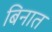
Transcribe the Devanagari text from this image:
बिनात